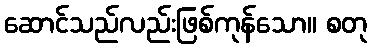
ဆောင်သည်လည်းဖြစ်ကုန်သော။ စတု